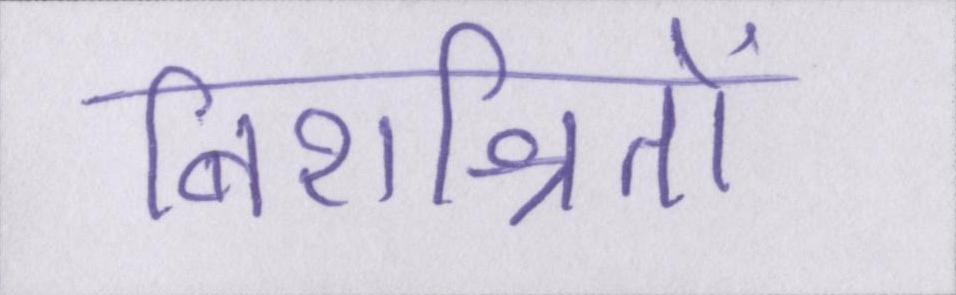
निराश्रितों